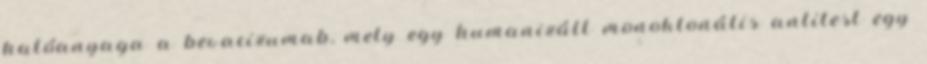
hatóanyaga a bevacizumab, mely egy humanizált monoklonális antitest egy